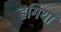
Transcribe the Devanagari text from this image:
हगिया